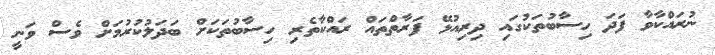
ނުރައްކާވާ ފަދަ ހިސާބުތަކުގައި ދިރިއުޅޭ ފަރާތްތައް ރައްކާތެރި ހިސާބުތަކަށް ބަދަލުކުރުމަށް ވެސް ވަނީ